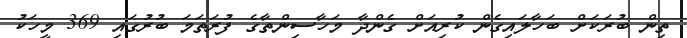
ތިން ބުރަކަށް ބަހާލައިގެން ކުރިއަށް ގެންދާ މަހާސިންތާގެ ފުރަތަމަ ބުރުގައި 369 މީހަކު